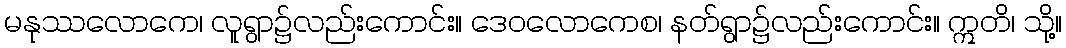
မနုဿလောကေ၊ လူရွာ၌လည်းကောင်း။ ဒေဝလောကေစ၊ နတ်ရွာ၌လည်းကောင်း။ ဣတိ၊ သို့။